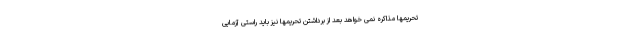
تحریمها مذاکره نمی خواهد بعد از برداشتن تحریمها نیز باید راستی آزمایی